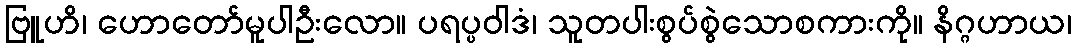
ဗြူဟိ၊ ဟောတော်မူပါဦးလော။ ပရပ္ပဝါဒံ၊ သူတပါးစွပ်စွဲသောစကားကို။ နိဂ္ဂဟာယ၊